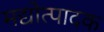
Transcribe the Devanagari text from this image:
मद्योत्पादक